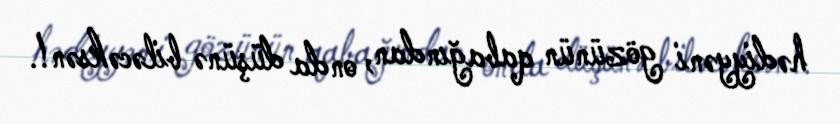
hədiyyəni gözünün qabağından, onda düşünə biləcəksən!.